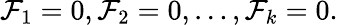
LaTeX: \mathcal{F}_{1}=0,\mathcal{F}_{2}=0,\ldots,\mathcal{F}_{k}=0.